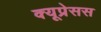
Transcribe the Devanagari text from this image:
क्यूप्रेसस